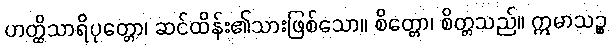
ဟတ္ထိသာရိပုတ္တော၊ ဆင်ထိန်း၏သားဖြစ်သော။ စိတ္တော၊ စိတ္တသည်။ ဣမာသဉ္စ